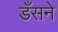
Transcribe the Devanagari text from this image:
डँसने